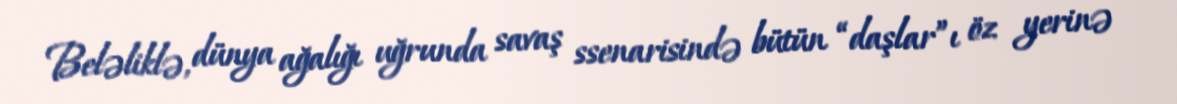
Beləliklə, dünya ağalığı uğrunda savaş ssenarisində bütün “daşlar”ı öz yerinə